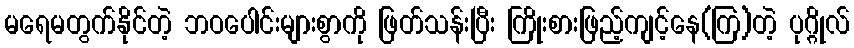
မရေမတွက်နိုင်တဲ့ ဘဝပေါင်းများစွာကို ဖြတ်သန်းပြီး ကြိုးစားဖြည့်ကျင့်နေ(ကြ)တဲ့ ပုဂ္ဂိုလ်